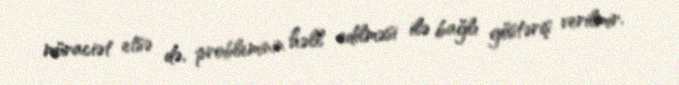
müraciət etsə də, probleminin həll edilməsi ilə bağlı göstəriş verilmir.